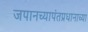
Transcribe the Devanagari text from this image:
जपानच्यापंतप्रधानाच्या